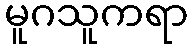
မူဂသူကရာ